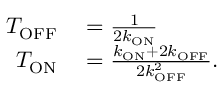
\begin{array} { r l } { T _ { \mathrm { O F F } } } & { { } = \frac { 1 } { 2 k _ { \mathrm { O N } } } } \\ { T _ { \mathrm { O N } } } & { { } = \frac { k _ { \mathrm { O N } } + 2 k _ { \mathrm { O F F } } } { 2 k _ { \mathrm { O F F } } ^ { 2 } } . } \end{array}